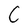
Character: C